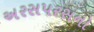
અરસપરસનો